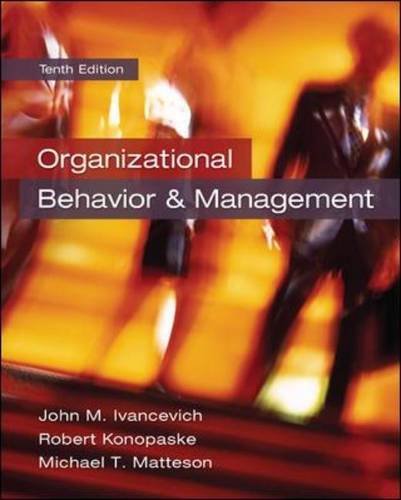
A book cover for Organizational Behavior and Management; John Ivancevich; Business & Money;